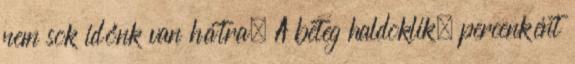
nem sok időnk van hátra. A beteg haldoklik, percenként